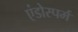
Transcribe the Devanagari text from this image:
एंडोस्पर्म